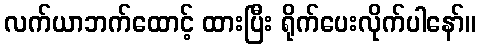
လက်ယာဘက်ထောင့် ထားပြီး ရိုက်ပေးလိုက်ပါနော်။